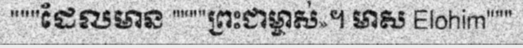
"""ដែលមាន """"ព្រះជាម្ចាស់»។ មាស Elohim"""